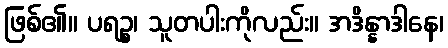
ဖြစ်၏။ ပရဉ္စ၊ သူတပါးကိုလည်း။ အဒိန္နာဒါနေ၊